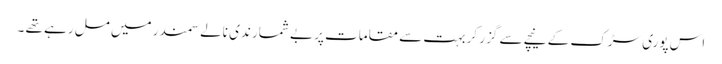
اس پوری سڑک کے نیچے سے گزر کر بہت سے مقامات پر بے شمار ندی نالے سمندر میں مل رہے تھے ۔